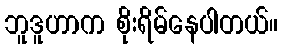
ဘူဒူဟာက စိုးရိမ်နေပါတယ်။